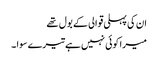
ان کی پہلی قوالی کے بول تھے
میرا کوئی نہیں ہے تیرے سوا ۔